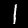
Digit: 1